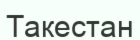
Такестан